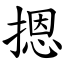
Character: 摁